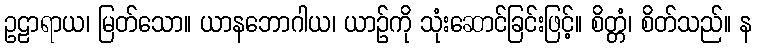
ဥဠာရာယ၊ မြတ်သော။ ယာနဘောဂါယ၊ ယာဉ်ကို သုံးဆောင်ခြင်းဖြင့်။ စိတ္တံ၊ စိတ်သည်။ န